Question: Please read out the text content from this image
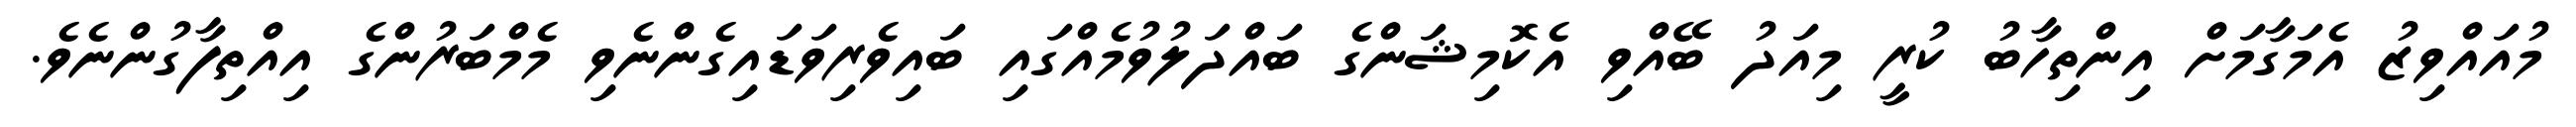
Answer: މުއައްވިޒު އެމަގާމަށް އިންތިހާބު ކުރީ މިއަދު ބޭއްވި އެކޮމިޝަންގެ ބައްދަލުވުމެއްގައި ބައިވެރިވަޑައިގެންނެވި މެމްބަރުންގެ އިއްތިފާގުންނެވެ.